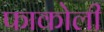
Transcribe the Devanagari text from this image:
फाकोली